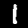
Digit: 1